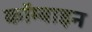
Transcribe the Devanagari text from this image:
कॉम्बाइन